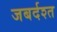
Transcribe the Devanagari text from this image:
जबर्दश्त